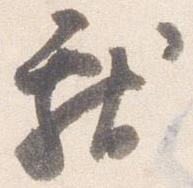
献